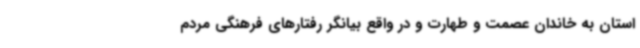
استان به خاندان عصمت و طهارت و در واقع بیانگر رفتارهای فرهنگی مردم